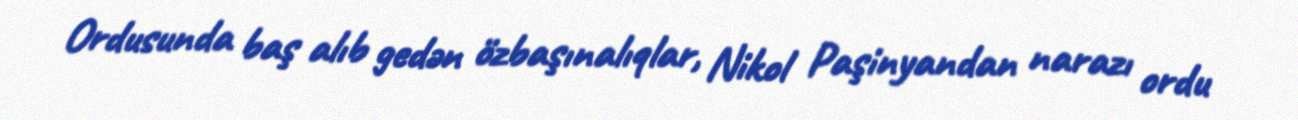
Ordusunda baş alıb gedən özbaşınalıqlar, Nikol Paşinyandan narazı ordu